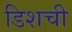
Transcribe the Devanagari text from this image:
डिशची